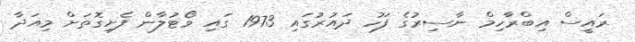
ރައީސް އިބްރާހިމް ނާސިރުގެ ފަހު ދައުރުގައި 1973 ގައި ވޯޓުލާން ފެށިގޮތަށް މިއަދާ